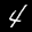
Label: 4